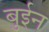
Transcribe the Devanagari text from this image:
बुईन